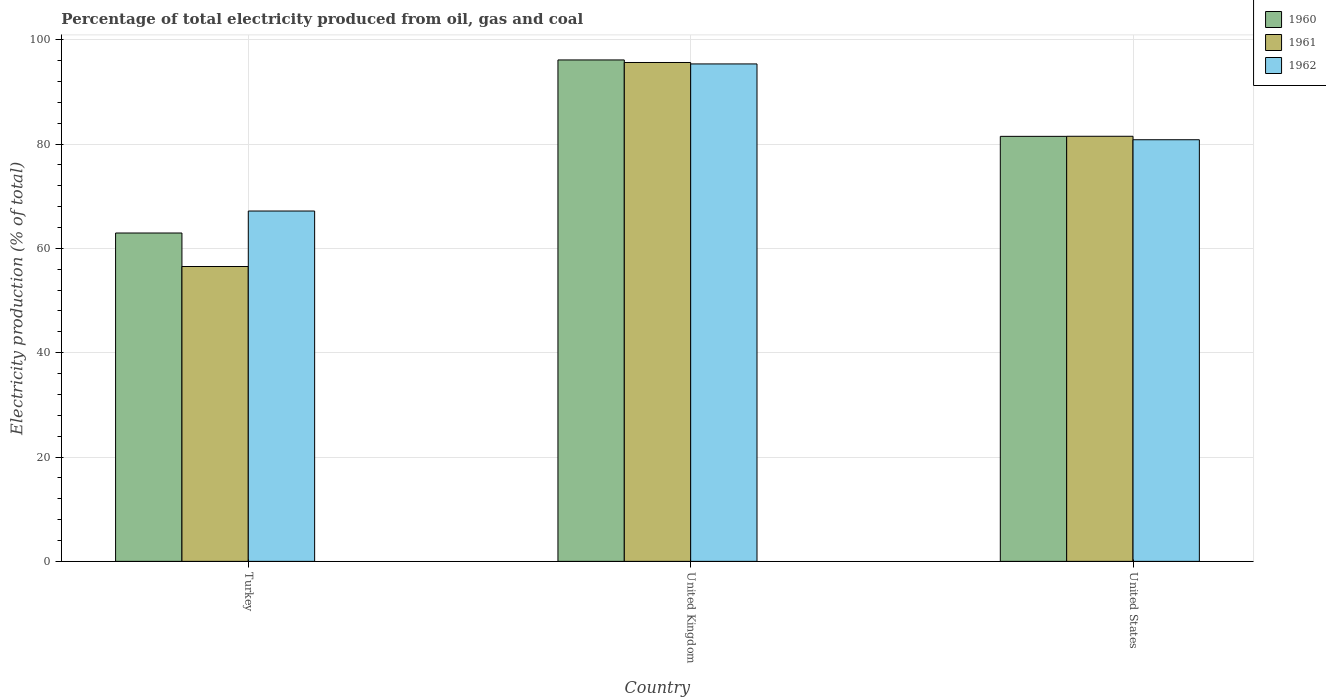
| Country | 1960 | 1961 | 1962 |
 | --- | --- | --- | --- |
 | Turkey | 62.9 | 56.5 | 67.2 |
 | United Kingdom | 96.1 | 95.6 | 95.4 |
 | United States | 81.5 | 81.5 | 80.8 |